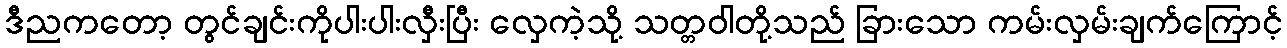
ဒီညကတော့ တွင်ချင်းကိုပါးပါးလှီးပြီး လှေကဲ့သို့ သတ္တဝါတို့သည် ခြားသော ကမ်းလှမ်းချက်ကြောင့်